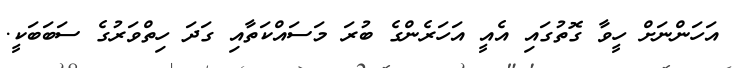
އަހަންނަށް ހީވާ ގޮތުގައި އެއީ އަހަރެންގެ ބުރަ މަސައްކަތާއި ގަދަ ހިތްވަރުގެ ސަބަބަކީ.